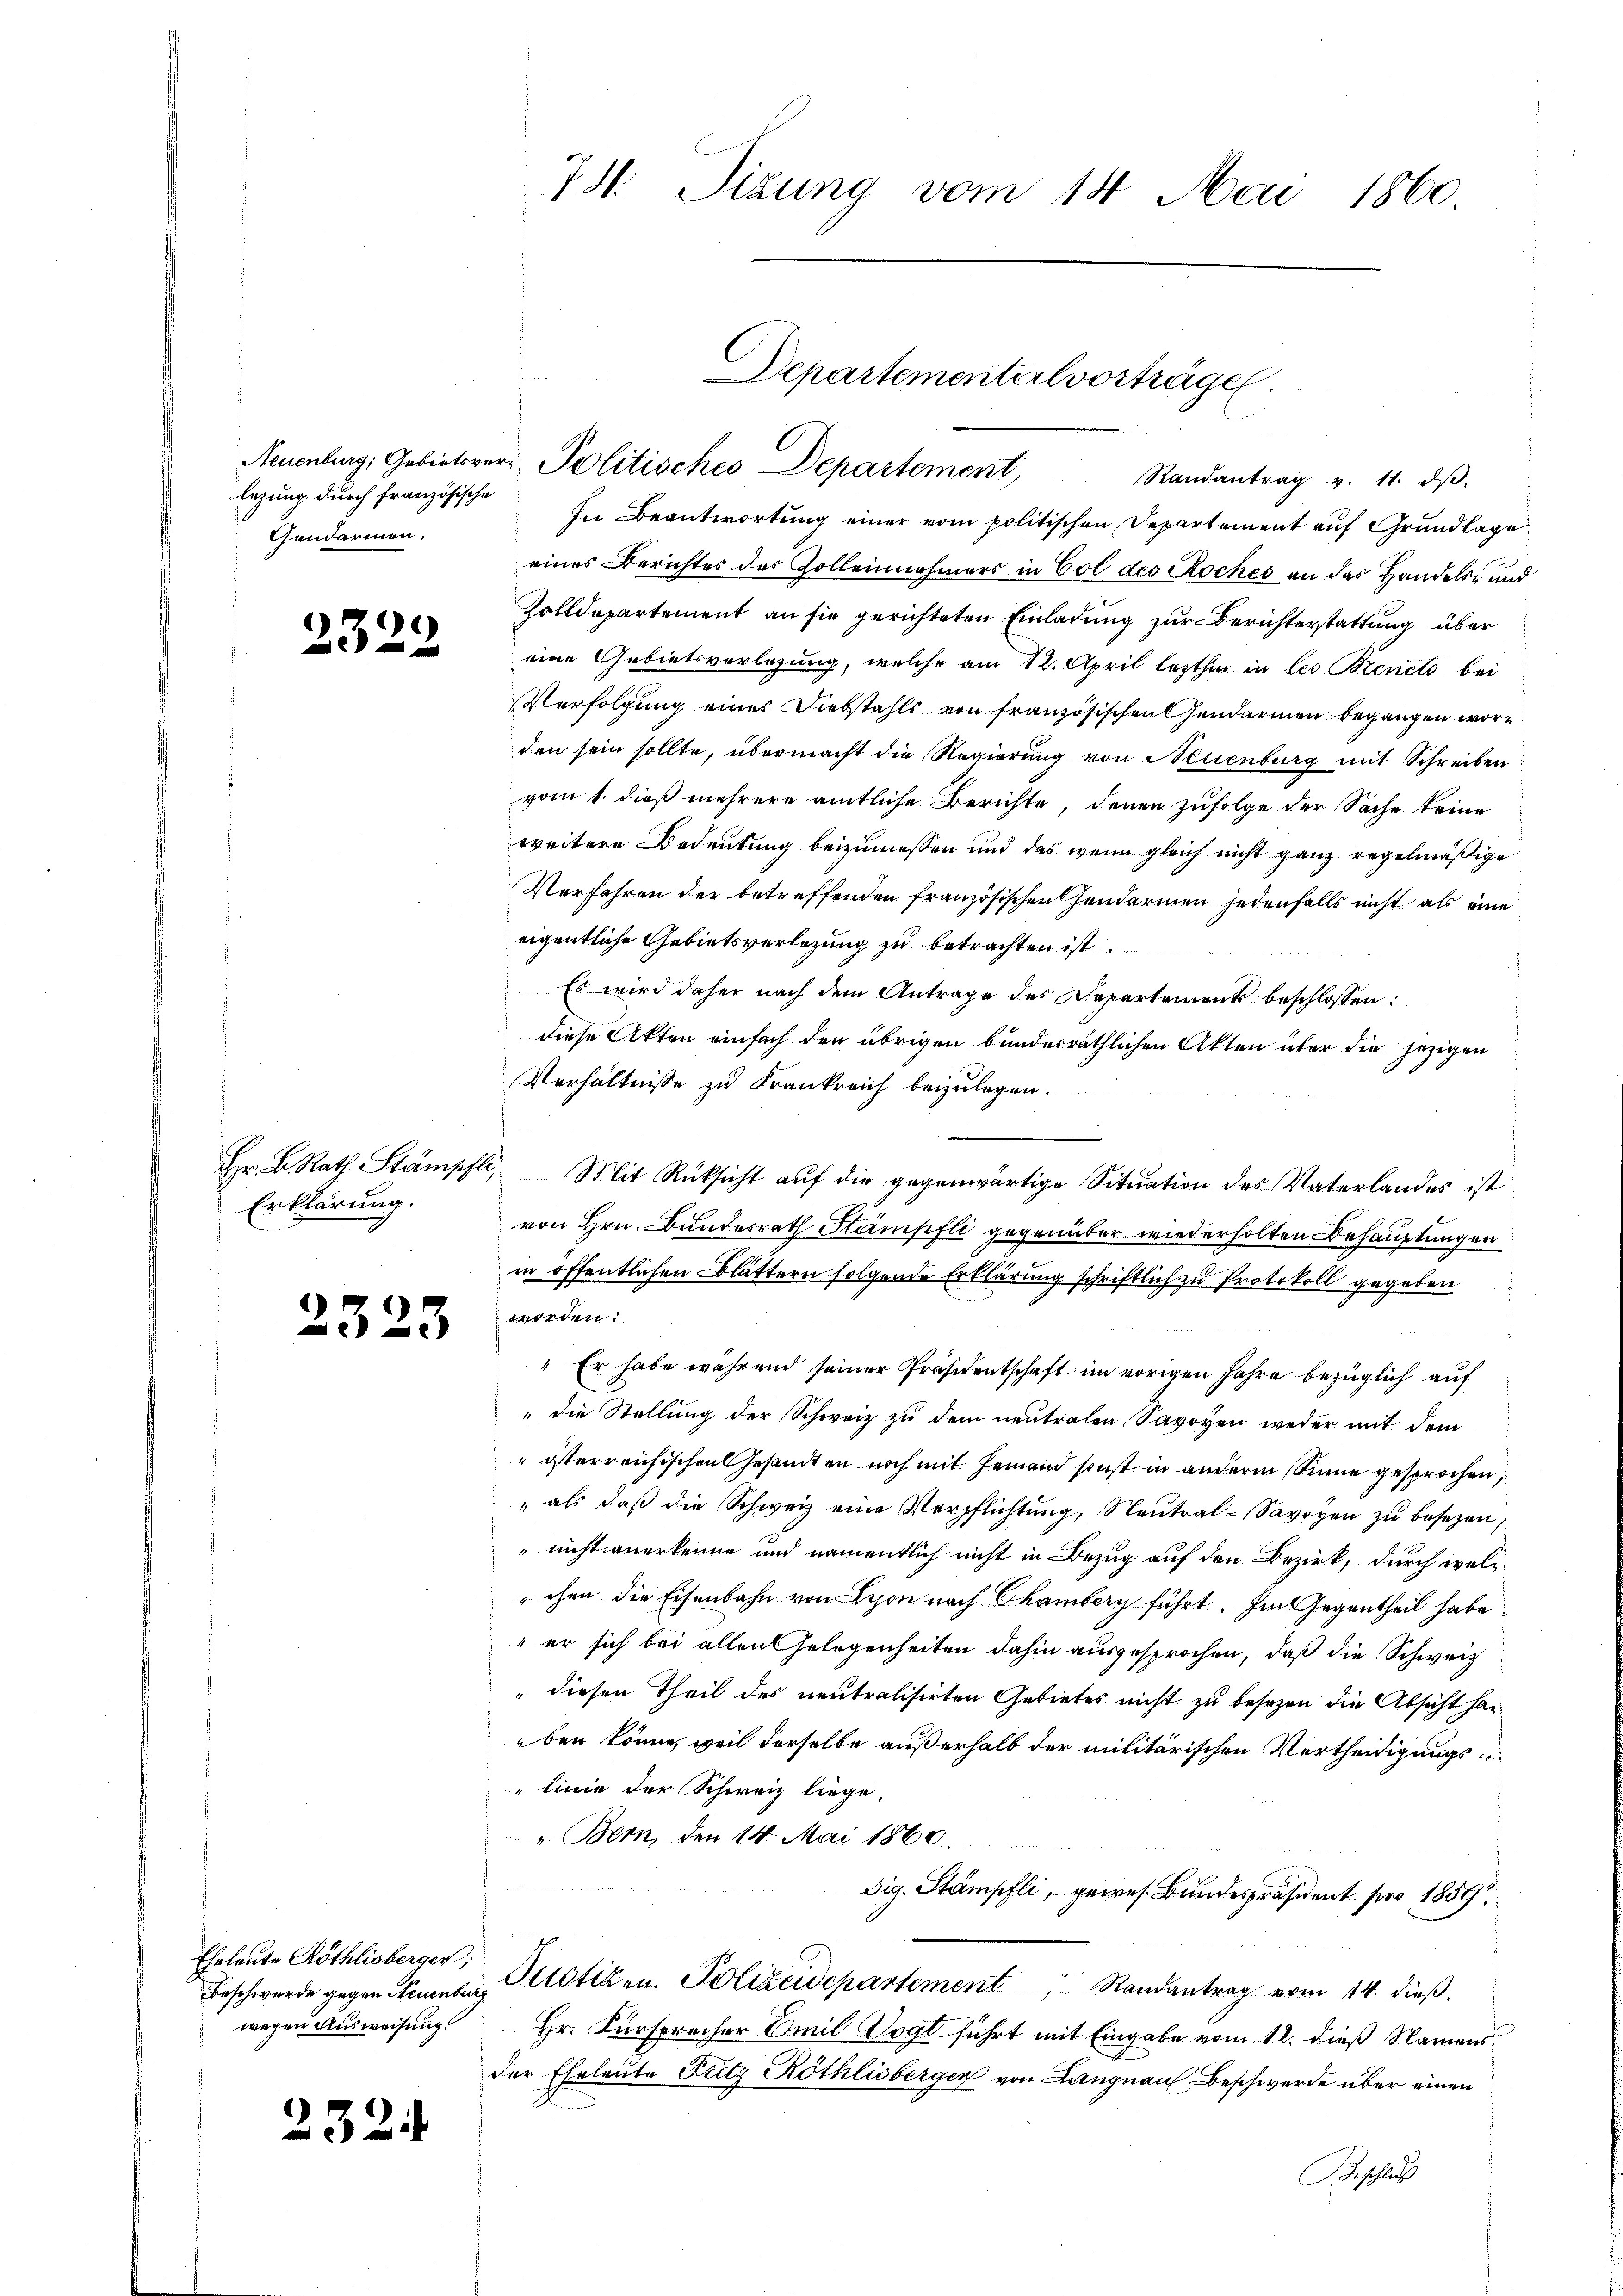
legung durch französische
Gendarmen.

2329

Erklärung.

2323

Eheleute Röthlisbergen;
wegen Ausweisung.

23.

.

74. Sizung vom 14. Mai 1860.

In Beantwortung einer vom politischen Departement auf Grundlage
eines Berichtes des Zolleinnahmers in Col des Roches an das Handels- und
Zolldepartement an sie gerichteten Einladung zur Berichterstattung über
eine Gebietsvorlesung, welche am 12. April lezthin in les Bencto bei
Verfolgung eines Diebstahls von französischen Gendarmen begangen worden sein sollte, übermacht die Regierung von Neuenburg mit Schreiben
vom 1. dieß mehrere amtliche Berichte, denen zufolge der Sache keine
weitere Bedeutung beizumessen und das wenn gleich nicht ganz regelmäßige
Verfahren der betreffenden französischen Gendarmen jedenfalls nicht als eine
eigentliche Gebietsverlegung zu betrachten ist.
Es wird daher nach dem Antrage des Departement beschlossen:
diese Akten einfach den übrigen bundesräthlichen Akten über die jezigen
Verhältnisse zu Frankreich beizulegen.
Hr. B. Rath Stämpfli, Mit Rücksicht aŭf die gegenwärtige Sitŭation des Vaterlandes ist
von Hrn. Bundesrath Stampfli gegenüber wiederholten Behauptungen
in öffentlichen Blättern folgende Erklärung schriftlich zu Protokoll gegeben
worden.
 Er habe während seiner Präsidentschaft im vorigen Jahre bezüglich auf
" die Stellung der Schweiz zu dem neutralen Savoyen weder mit dem
"österreichischen Gesandten noch mit jemand sonst in anderm Sinne gesprochen,
" als daß die Schweiz eine Verpflichtung, Neutral-Savoyen zu besezen,
" nicht anerkenne und namentlich nicht in Bezug auf den Bezirk, durch welchen die Eisenbahn von Leon nach Chamberg führt. Im Gegentheil habe
" er sich bei allen Gelegenheiten dahin ausgesprochen, daß die Schweiz
" diesen Theil des neutralisirten Gebietes nicht zu besezen die Absicht hareben könne, weil derselbe außerhalb der militärischen Vertheidigungslinie der Schweiz liege.
" Bern, den 14. Mai 1860
dig. Stämpfli, gewes. Bundespräsident pro 1859
Beschwerde gegen inner Plotiken. Polizeidepartement Randantrag vom 14. dieß.
Hr. Fürsprecher Amil Vogt führt mit Eingabe vom 12. dieß Namens
der Eheleute Fritz Röthlisberger von Langnau, Beschwerde über einen
Beschluß

Departementalvorträge.
Neuenburg, Gebietsver- Politisches Departement,
Randantrag v. 11. dβ.